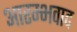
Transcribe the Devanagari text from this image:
आरम्भवाद